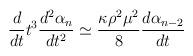
LaTeX: \begin{align*}\frac{d}{dt}t^3\frac{d^2\alpha_n}{dt^2}\simeq\frac{\kappa \rho ^2\mu ^2}{8}\frac{d\alpha_{n-2}}{dt}\end{align*}